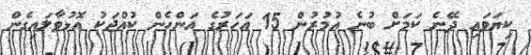
ކިޔަވައި ދޭނެ ކަމަށް ބުނެ އުމުރުން 15 އަހަރުގެ އަންހެން ކުއްޖަކު އޮޅުވާލައިގެން